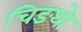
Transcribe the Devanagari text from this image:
चिङथो